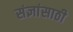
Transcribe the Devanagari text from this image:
संज्ञांसाठी